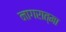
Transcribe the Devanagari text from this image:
नागरात्मा